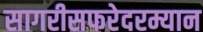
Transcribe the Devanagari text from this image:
सागरीसफरेदरम्यान